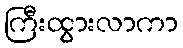
ကြီးထွားလာကာ